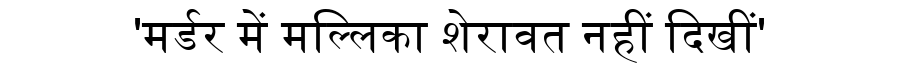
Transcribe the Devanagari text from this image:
'मर्डर में मल्लिका शेरावत नहीं दिखीं'